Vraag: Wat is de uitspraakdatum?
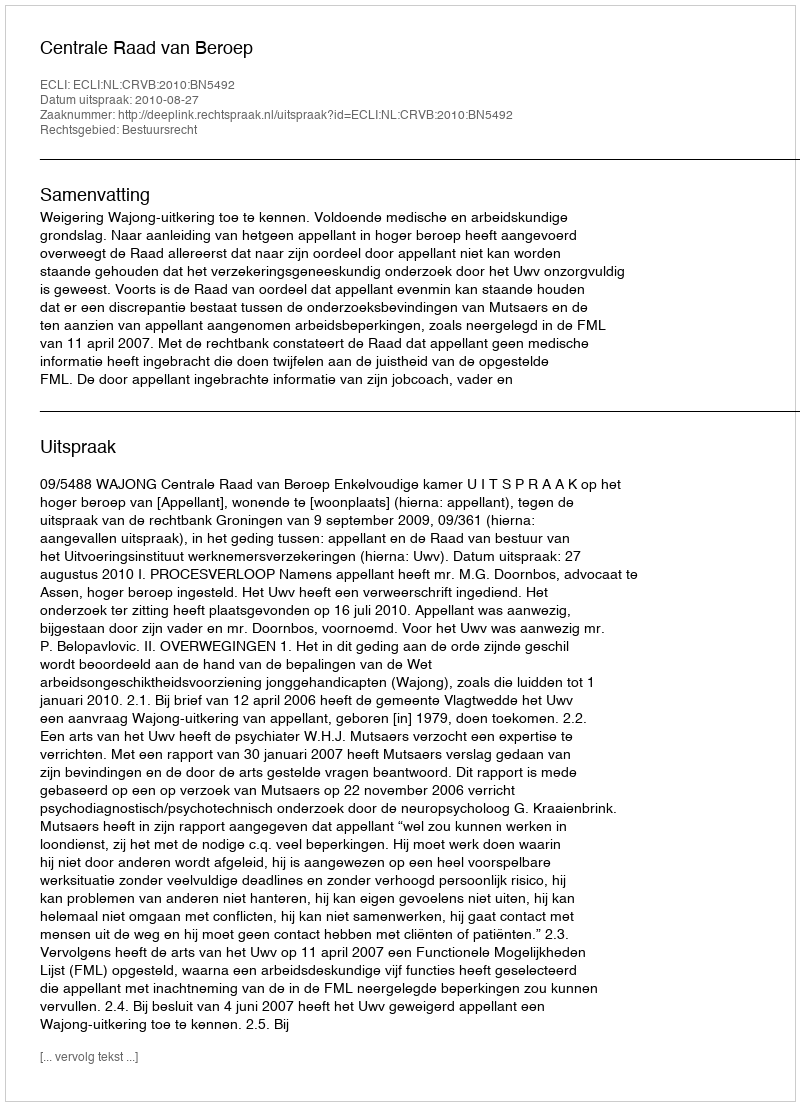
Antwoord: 2010-08-27